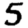
Digit: 5